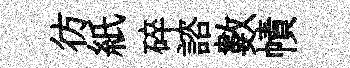
彷紙碎諮數幘